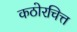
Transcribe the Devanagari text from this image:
कठोरचित्त